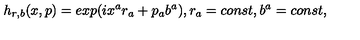
h _ { r , b } ( x , p ) = e x p ( i x ^ { a } r _ { a } + p _ { a } b ^ { a } ) , r _ { a } = c o n s t , b ^ { a } = c o n s t ,